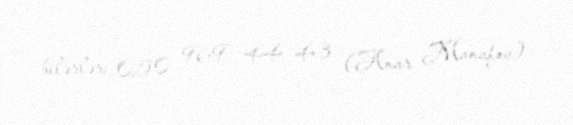
bilərlər: 050 969 44 43 (Anar Manafov).